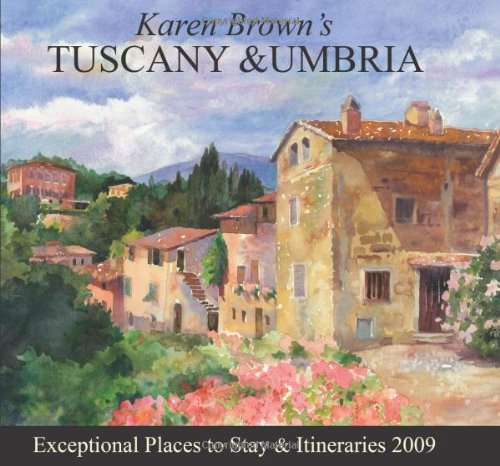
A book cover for Karen Brown's Tuscany & Umbria 2009: Exceptional Places to Stay & Itineraries (Karen Brown's Tuscany & Umbria: Exceptional Places to Stay & Itineraries); Clare Brown; Travel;